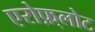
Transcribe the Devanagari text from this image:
एरोफ़्लोट